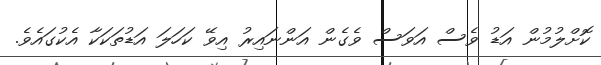
ކޮށްލުމުން އަޑު ވެސް އަވަސް ވެގެން އަންނައިރު އިވޭ ކަހަލަ އަޑުތަކަކާ އެކުގައެވެ.